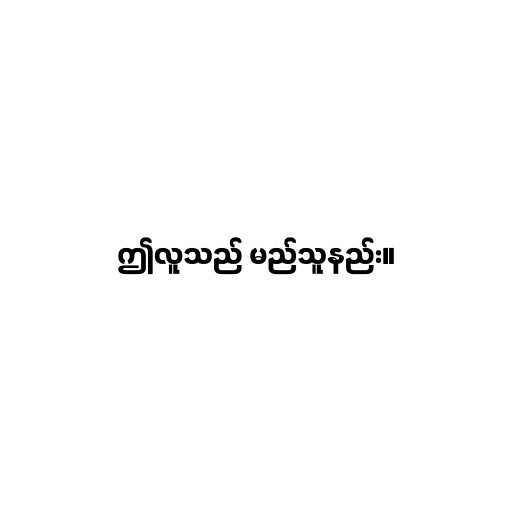
ဤလူသည် မည်သူနည်း။